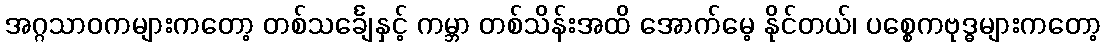
အဂ္ဂသာဝကများကတော့ တစ်သင်္ချေနှင့် ကမ္ဘာ တစ်သိန်းအထိ အောက်မေ့ နိုင်တယ်၊ ပစ္စေကဗုဒ္ဓများကတော့